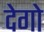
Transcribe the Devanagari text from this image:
देगो